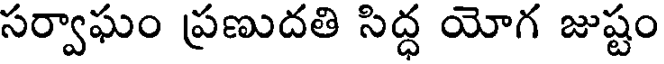
సర్వాఘం ప్రణుదతి సిద్ధ యోగ జుష్టం